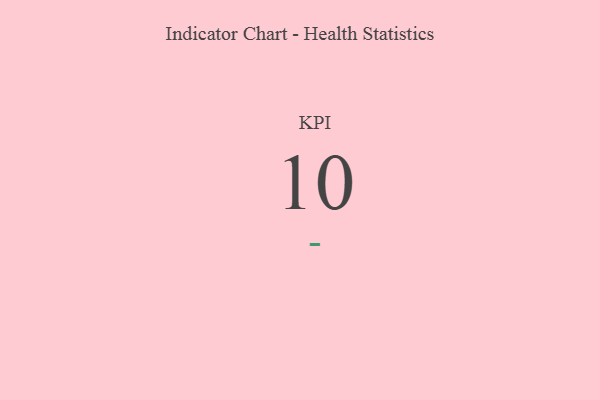
{"axis": {"x": "KPI", "y": "Value"}, "legend": [""], "data": [{"x": "KPI", "y": 10, "type": ""}]}